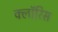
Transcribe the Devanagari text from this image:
क्लॉरिस